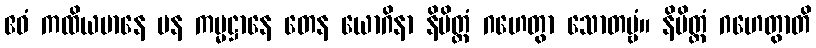
ဧဝံ ကထိယမာနေ ပန ကမ္မဋ္ဌာနေ တေန ယောဂိနာ နိမိတ္တံ ဂဟေတွာ သောတဗ္ဗံ။ နိမိတ္တံ ဂဟေတွာတိ